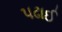
પઢાઈ